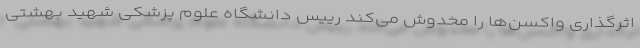
اثرگذاری واکسن‌ها را مخدوش می‌کند رییس دانشگاه علوم پزشکی شهید بهشتی